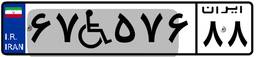
۶۷W۵۷۶۸۸